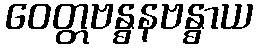
ဝေတ္တဗန္ဓနဗန္ဓာယ